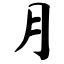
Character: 月